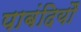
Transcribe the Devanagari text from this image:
पाबंदियौं